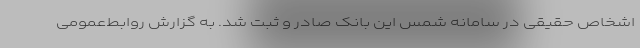
اشخاص حقیقی در سامانه شمس این بانک صادر و ثبت شد. به گزارش روابط‌عمومی